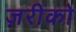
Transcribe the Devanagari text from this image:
ज़रीको